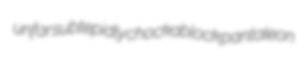
unfar subtepidly chockablock pantaleon